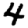
Digit: 4